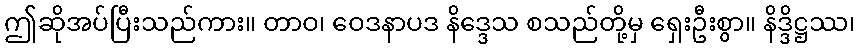
ဤဆိုအပ်ပြီးသည်ကား။ တာဝ၊ ဝေဒနာပဒ နိဒ္ဒေသ စသည်တို့မှ ရှေးဦးစွာ။ နိဒ္ဒိဋ္ဌဿ၊